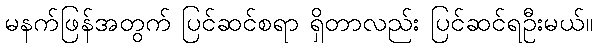
မနက်ဖြန်အတွက် ပြင်ဆင်စရာ ရှိတာလည်း ပြင်ဆင်ရဦးမယ်။